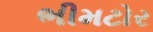
ભીમટોર